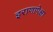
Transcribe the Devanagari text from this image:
इराणापेक्षा